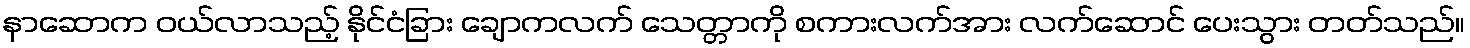
နာဆောက ဝယ်လာသည့် နိုင်ငံခြား ချောကလက် သေတ္တာကို စကားလက်အား လက်ဆောင် ပေးသွား တတ်သည်။